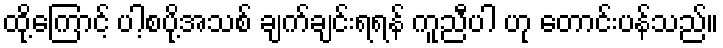
ထို့ကြောင့် ပါ့စပို့အသစ် ချက်ချင်းရရန် ကူညီပါ ဟု တောင်းပန်သည်။